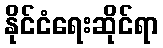
နိုင်ငံရေးဆိုင်ရာ